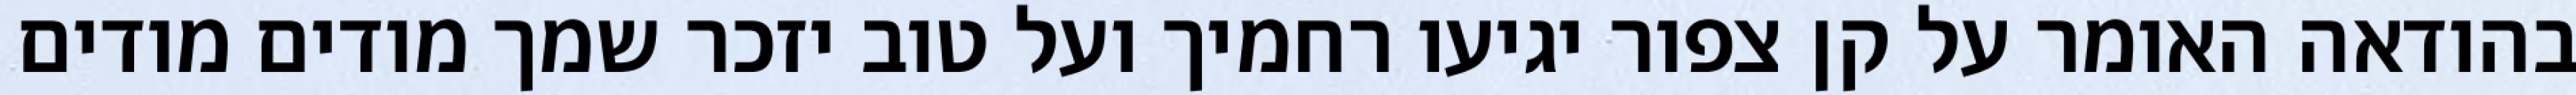
בהודאה האומר על קן צפור יגיעו רחמיך ועל טוב יזכר שמך מודים מודים